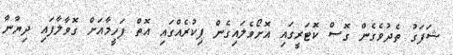
ޝަފަގު ތެދުވެގެން ގޮސް ކޮޓަރީގައި އޮށޯވެލައިގެން ފިކުރެއްގައި އޮތް ފަހީމާއަށް ގޮވާލާފައި ދިޔާނާ